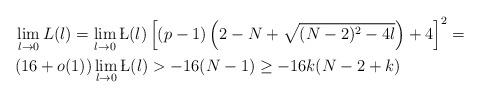
LaTeX: \begin{align*}&\lim\limits_{\l\rightarrow0}L(\l)=\lim\limits_{\l\rightarrow0}\L(\l)\left[(p-1)\left(2-N+\sqrt{(N-2)^2-4\l}\right)+4\right]^2=\\&(16+o(1))\lim\limits_{\l\rightarrow0}\L(\l)>-16(N-1)\ge-16k(N-2+k)\end{align*}